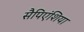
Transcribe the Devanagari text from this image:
सैपिएंशिया